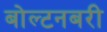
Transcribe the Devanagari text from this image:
बोल्टनबरी